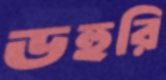
ডহুরি